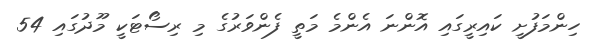
ހިންމަފުށީ ކައިރީގައި އޮންނަ އެންމެ މަތީ ފެންވަރުގެ މި ރިސޯޓަކީ މޫދުގައި 54